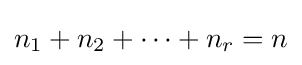
n_{1}+n_{2}+\cdots +n_{r}=n